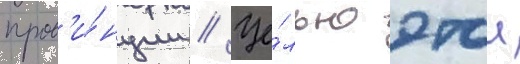
пров'и́нции // Це́лью этои